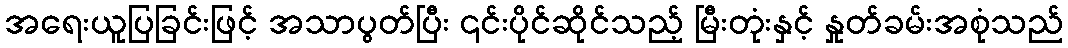
အရေးယူပြခြင်းဖြင့် အသာပွတ်ပြီး ၎င်းပိုင်ဆိုင်သည့် မြီးတုံးနှင့် နှုတ်ခမ်းအစုံသည်